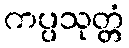
ကပ္ပသုတ္တံ